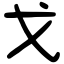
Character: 戈